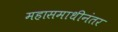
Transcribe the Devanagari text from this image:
महासमाधीनंतर